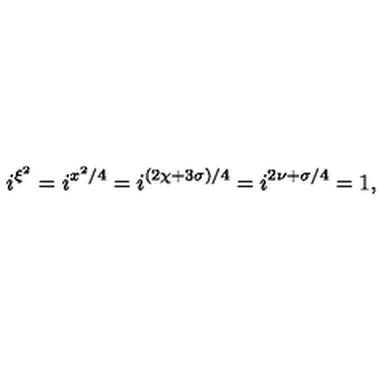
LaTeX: i ^ { \xi ^ { 2 } } = i ^ { x ^ { 2 } / 4 } = i ^ { ( 2 \chi + 3 \sigma ) / 4 } = i ^ { 2 \nu + \sigma / 4 } = 1 ,